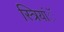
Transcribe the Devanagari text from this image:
स्त्रियांॅ